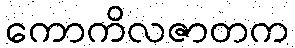
ကောကိလဇာတက